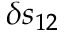
\delta s _ { 1 2 }